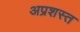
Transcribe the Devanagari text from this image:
अप्रशस्त